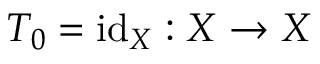
T _ { 0 } = \mathrm { i d } _ { X } : X \rightarrow X